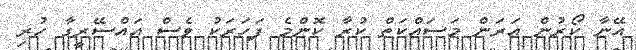
އޭނާ ކޯރުން އަރަން މަސައްކަތް ކުރާ ކޮންމެ ފަހަރަކު ވެސް އައްސޭރީގާ ހުރި